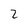
Character: 2